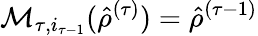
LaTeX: \mathcal{M}_{\tau,i_{\tau-1}}({\hat{\rho}}^{(\tau)})={\hat{\rho}}^{(\tau-1)}